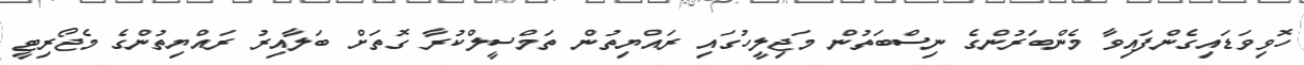
ހޮވިވަޑައިގެންފައިވާ މެންބަރުންގެ ނިސްބަތުން މަޖިލީހުގައި ރައްޔިތުން ތަމްސީލްކުރާ ގޮތަށް ބަލާއިރު ރައްޔިތުންގެ މެޖޯރިޓީ